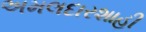
અમલદારશાહી